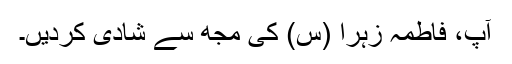
آپ، فاطمہ زہرا (س) کی مجھ سے شادی کردیں۔